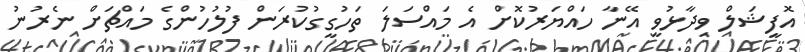
އޮފީޝަލް ވިދާޅުވީ އޭނާ ހައްޔަރުކޮށް އެ މައްސަލަ ތަހުގީގުކުރަން ފުލުހުންގެ މައްޗަށް ނެރުނު